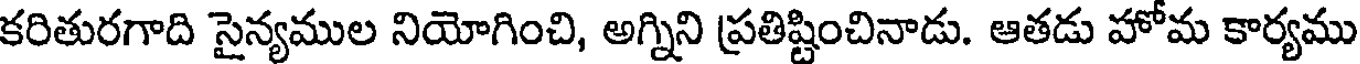
కరితురగాది సైన్యముల నియోగించి, అగ్నిని ప్రతిష్టించినాడు. ఆతడు హోమ కార్యము